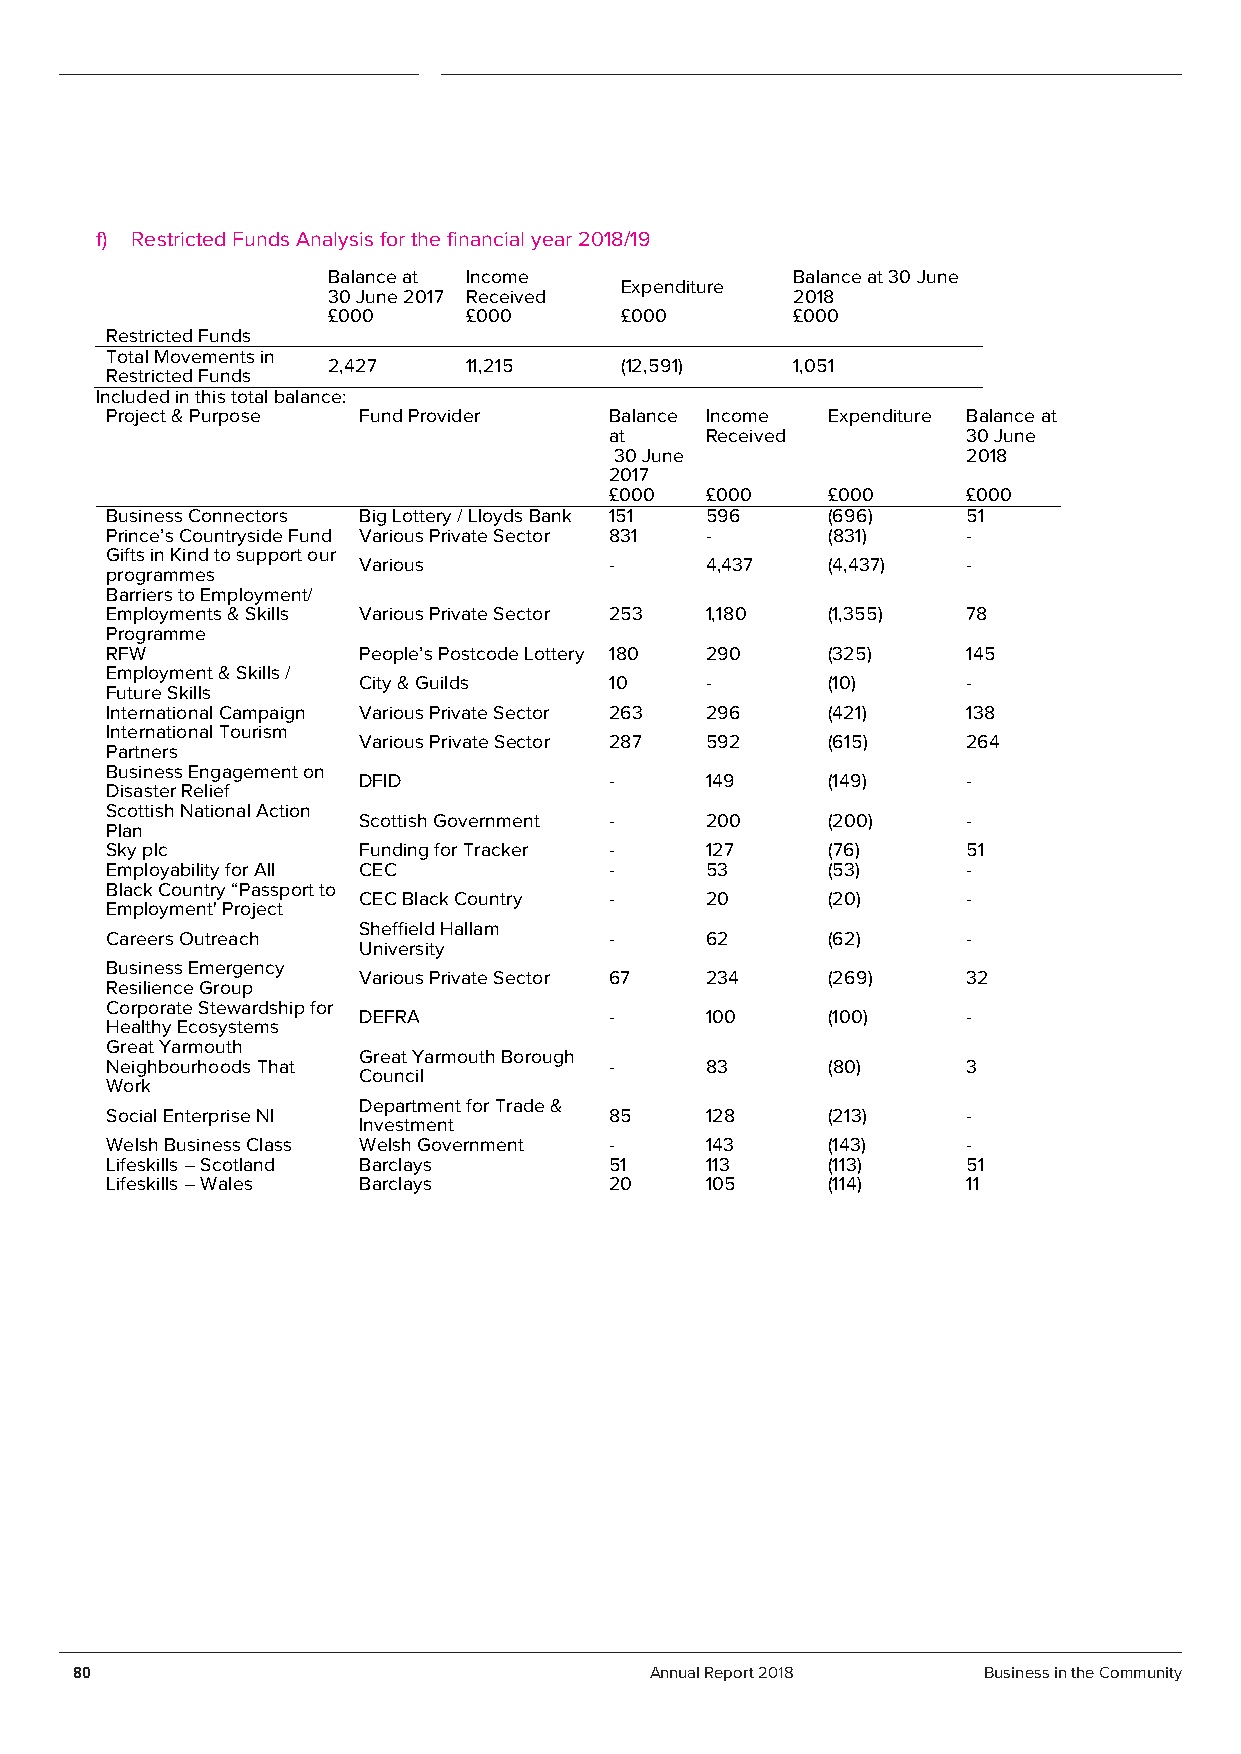
f) Restricted Funds Analysis for the financial year 2018/19
 Balance at Income             Balance at 30 June
 Expenditure
 30 June 2017 Received         2018
 £000     £000      £000       £000
 Restricted Funds
 Total Movements in
 2,427    11,215    (12,591)   1,051
 Restricted Funds
 Included in this total balance:
 Project & Purpose Fund Provider  Balance Income Expenditure Balance at
 at     Received         30 June
 30 June                2018
 2017
 £000   £000    £000     £000
 Business Connectors Big Lottery / Lloyds Bank 151 596 (696) 51
 Prince’s Countryside Fund Various Private Sector 831 - (831) -
 Gifts in Kind to support our
 Various         -      4,437   (4,437)  -
 programmes
 Barriers to Employment/
 Employments & Skills Various Private Sector 253 1,180 (1,355) 78
 Programme
 RFW              People’s Postcode Lottery 180 290 (325) 145
 Employment & Skills /
 City & Guilds   10     -       (10)     -
 Future Skills
 International Campaign Various Private Sector 263 296 (421) 138
 International Tourism
 Various Private Sector 287 592 (615)    264
 Partners
 Business Engagement on
 DFID            -      149     (149)    -
 Disaster Relief
 Scottish National Action
 Scottish Government -  200     (200)    -
 Plan
 Sky plc          Funding for Tracker -  127     (76)     51
 Employability for All CEC        -      53      (53)     -
 Black Country “Passport to
 CEC Black Country -    20      (20)     -
 Employment' Project
 Sheffield Hallam
 Careers Outreach                 -      62      (62)     -
 University
 Business Emergency
 Various Private Sector 67 234  (269)    32
 Resilience Group
 Corporate Stewardship for
 DEFRA           -      100     (100)    -
 Healthy Ecosystems
 Great Yarmouth
 Great Yarmouth Borough
 Neighbourhoods That              -      83      (80)     3
 Council
 Work
 Department for Trade &
 Social Enterprise NI             85     128     (213)    -
 Investment
 Welsh Business Class Welsh Government - 143     (143)    -
 Lifeskills – Scotland Barclays   51     113     (113)    51
 Lifeskills – Wales Barclays      20     105     (114)    11
 80                                    Annual Report 2018    Business in the Community